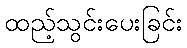
ထည့်သွင်းပေးခြင်း